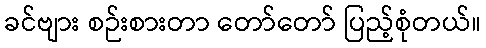
ခင်ဗျား စဉ်းစားတာ တော်တော် ပြည့်စုံတယ်။